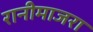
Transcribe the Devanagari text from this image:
रानीमाजरा